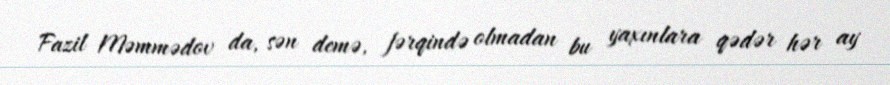
Fazil Məmmədov da, sən demə, fərqində olmadan bu yaxınlara qədər hər ay